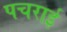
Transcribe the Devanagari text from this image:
पचराई